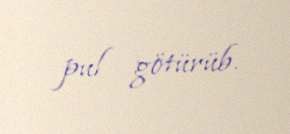
pul götürüb.